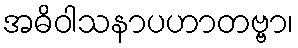
အဓိဝါသနာပဟာတဗ္ဗာ၊